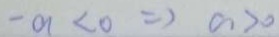
- a < 0 \Rightarrow a > 0